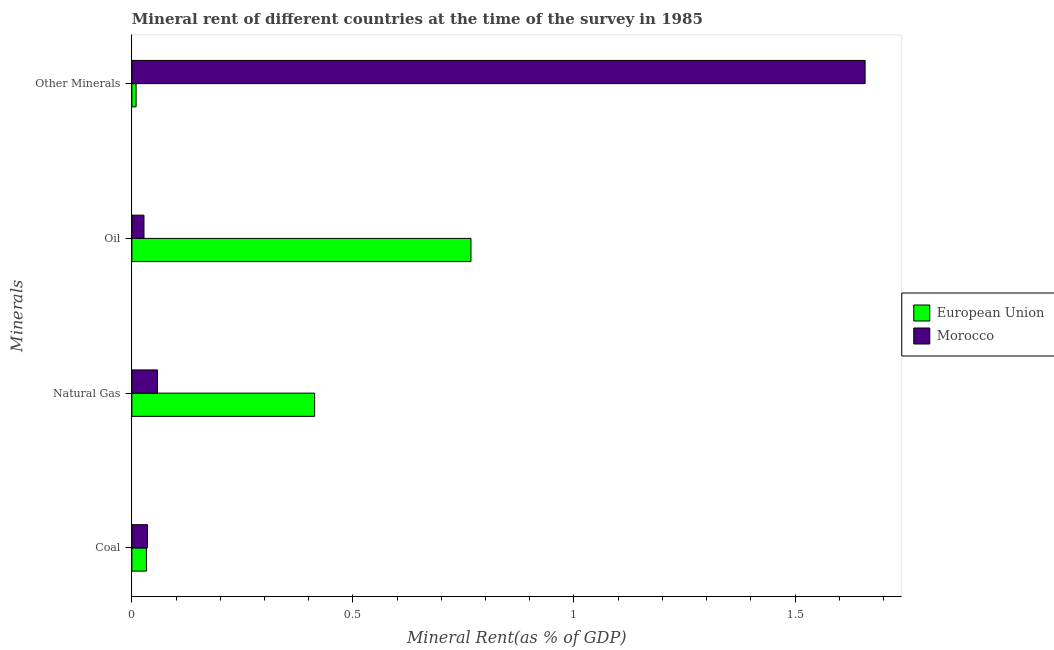
| Minerals | European Union | Morocco |
 | --- | --- | --- |
 | Coal | 0.033 | 0.0353 |
 | Natural Gas | 0.413 | 0.058 |
 | Oil | 0.767 | 0.0274 |
 | Other Minerals | 0.00958 | 1.66 |